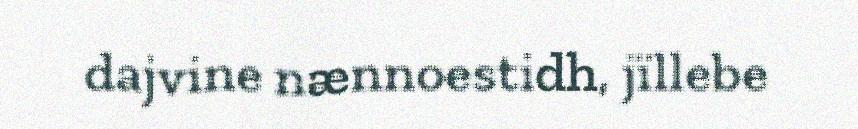
dajvine nænnoestidh, jïllebe